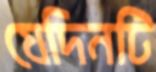
যেদিনটি